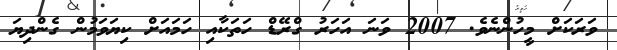
ވަރަކަށް މީހުންނެވެ. 2007 ވަނަ އަހަރު ގްރޭޑް ހަތަކާއި ހަމައަށް ކިޔަވަމުން ގެންދިޔަ